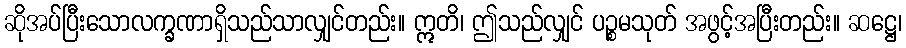
ဆိုအပ်ပြီးသောလက္ခဏာရှိသည်သာလျှင်တည်း။ ဣတိ၊ ဤသည်လျှင် ပဉ္စမသုတ် အဖွင့်အပြီးတည်း။ ဆဋ္ဌေ၊